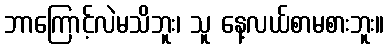
ဘာကြောင့်လဲမသိဘူး၊ သူ နေ့လယ်စာမစားဘူး။